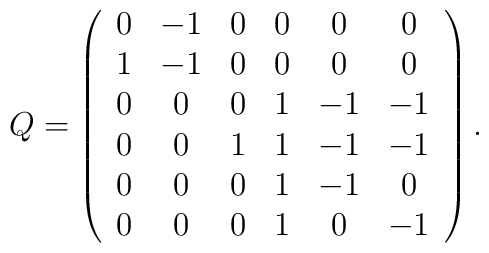
Q=\left(\begin{array}{ccccccr}0&-1&0&0&0&0 \\1&-1&0&0&0&0 \\0&0&0&1&-1&-1 \\0&0&1&1&-1&-1 \\0&0&0&1&-1&0 \\0&0&0&1&0&-1\end{array}\right) .